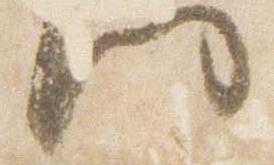
門